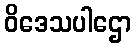
ဝိဒေသပါဌော